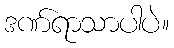
ဒဏ်ရာသာပါပဲ။